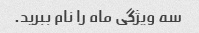
سه ویژگی ماه را نام ببرید.